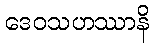
ဒေဝသဟဿာနိ